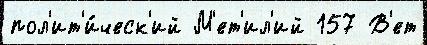
пол'ит'и́ческ'ий М'ет'ил'ий 157 В'ет